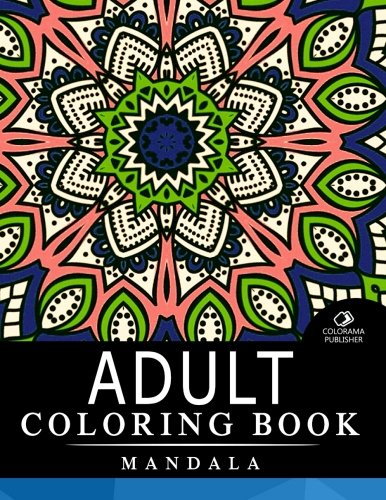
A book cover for Adult Coloring Book Mandala: Stress Relieving Patterns : Coloring Books For Adults, coloring books for adults relaxation, Mandala Coloring Book (Volume 3); Adult Coloring Book Mandala; Arts & Photography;